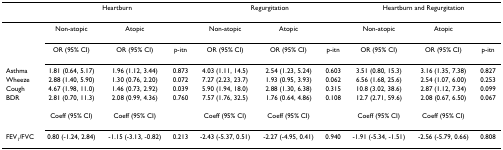
<table><thead><tr><td></td><td colspan="3"><b>Heartburn</b></td><td colspan="3"><b>Regurgitation</b></td><td colspan="3"><b>Heartburn and Regurgitation</b></td></tr></thead><tbody><tr><td></td><td>Non-atopic</td><td>Atopic</td><td></td><td>Non-atopic</td><td>Atopic</td><td></td><td>Non-atopic</td><td>Atopic</td><td></td></tr><tr><td></td><td>OR (95% CI)</td><td>OR (95% CI)</td><td>p-itn</td><td>OR (95% CI)</td><td>OR (95% CI)</td><td>p-itn</td><td>OR (95% CI)</td><td>OR (95% CI)</td><td>p-itn</td></tr><tr><td>Asthma</td><td>1.81 (0.64, 5.17)</td><td>1.96 (1.12, 3.44)</td><td>0.873</td><td>4.03 (1.11, 14.5)</td><td>2.54 (1.23, 5.24)</td><td>0.603</td><td>3.51 (0.80, 15.3)</td><td>3.16 (1.35, 7.38)</td><td>0.827</td></tr><tr><td>Wheeze</td><td>2.88 (1.40, 5.90)</td><td>1.30 (0.76, 2.20)</td><td>0.072</td><td>7.27 (2.23, 23.7)</td><td>1.93 (0.95, 3.93)</td><td>0.062</td><td>6.56 (1.68, 25.6)</td><td>2.54 (1.07, 6.00)</td><td>0.253</td></tr><tr><td>Cough</td><td>4.67 (1.98, 11.0)</td><td>1.46 (0.73, 2.92)</td><td>0.039</td><td>5.90 (1.94, 18.0)</td><td>2.88 (1.30, 6.38)</td><td>0.315</td><td>10.8 (3.02, 38.6)</td><td>2.87 (1.12, 7.34)</td><td>0.099</td></tr><tr><td>BDR</td><td>2.81 (0.70, 11.3)</td><td>2.08 (0.99, 4.36)</td><td>0.760</td><td>7.57 (1.76, 32.5)</td><td>1.76 (0.64, 4.86)</td><td>0.108</td><td>12.7 (2.71, 59.6)</td><td>2.08 (0.67, 6.50)</td><td>0.067</td></tr><tr><td></td><td>Coeff (95% CI)</td><td>Coeff (95% CI)</td><td></td><td>Coeff (95% CI)</td><td>Coeff (95% CI)</td><td></td><td>Coeff (95% CI)</td><td>Coeff (95% CI)</td><td></td></tr><tr><td>FEV<sub>1</sub>/FVC</td><td>0.80 (-1.24, 2.84)</td><td>-1.15 (-3.13, -0.82)</td><td>0.213</td><td>-2.43 (-5.37, 0.51)</td><td>-2.27 (-4.95, 0.41)</td><td>0.940</td><td>-1.91 (-5.34, -1.51)</td><td>-2.56 (-5.79, 0.66)</td><td>0.808</td></tr></tbody></table>